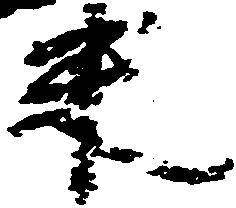
米